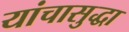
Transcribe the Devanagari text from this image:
यांचासुद्धा